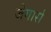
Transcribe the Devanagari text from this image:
जेगार्स